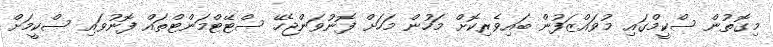
މިގޮތުން ސްކީމްގައި މުވައްޒަފުން ބައިވެރިކޮށް މަހުން މަހަށް ފޮނުވަންޖެހޭ ސްޓޭޓްމަންޓްތައް ފޮނުވައި ސްކީމަށް